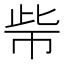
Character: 𱜧